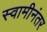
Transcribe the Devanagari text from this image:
स्वामीनंतर